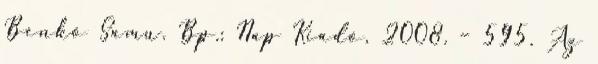
Benkő Samu. Bp.: Nap Kiadó, 2008. – 595. Az